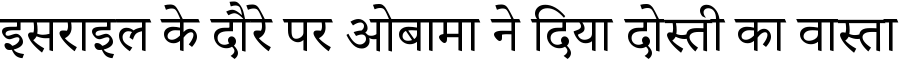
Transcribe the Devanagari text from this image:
इसराइल के दौरे पर ओबामा ने दिया दोस्ती का वास्ता